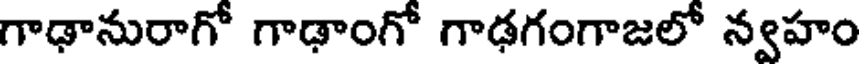
గాఢానురాగో గాఢాంగో గాఢగంగాజలో న్వహం